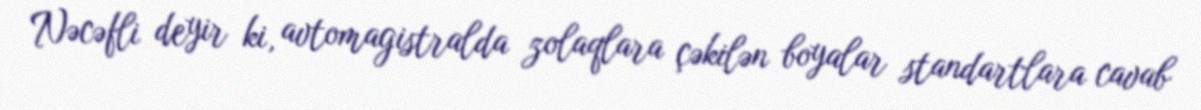
Nəcəfli deyir ki, avtomagistralda zolaqlara çəkilən boyalar standartlara cavab